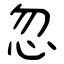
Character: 忽